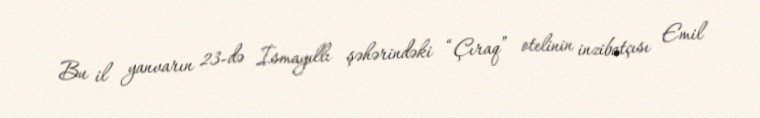
Bu il yanvarın 23-də İsmayıllı şəhərindəki “Çıraq” otelinin inzibatçısı Emil